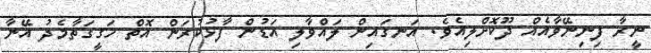
ނީރާ ފިނިނޭވާއެއް ދޫކޮށްލިއެވެ. އަނގައިން ލައްވާލި އަޑުން ފާޅުކުރަން އޮތް ހަގީގަތާމެދު އޭނާ